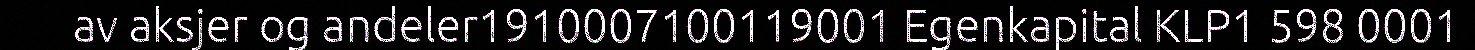
av aksjer og andeler1910007100119001 Egenkapital KLP1 598 0001